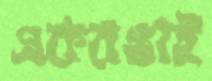
একরঙাই